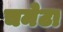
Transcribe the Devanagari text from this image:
चमेटा